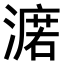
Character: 𣾆